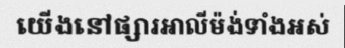
យើងនៅផ្សារអាលីម៉ង់ទាំងអស់